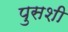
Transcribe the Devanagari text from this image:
पुसशी